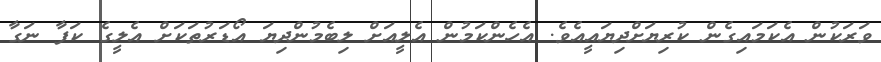
ވަރަކުން އެކަމައިގެން ކުރިޔަށްދިޔައީއެވެ. އެހެންކަމުން އެލީއަށް ލިބެމުންދިޔަ އޯޑަރުތަކަށް އެލީގެ ކަފާ ނަގާ